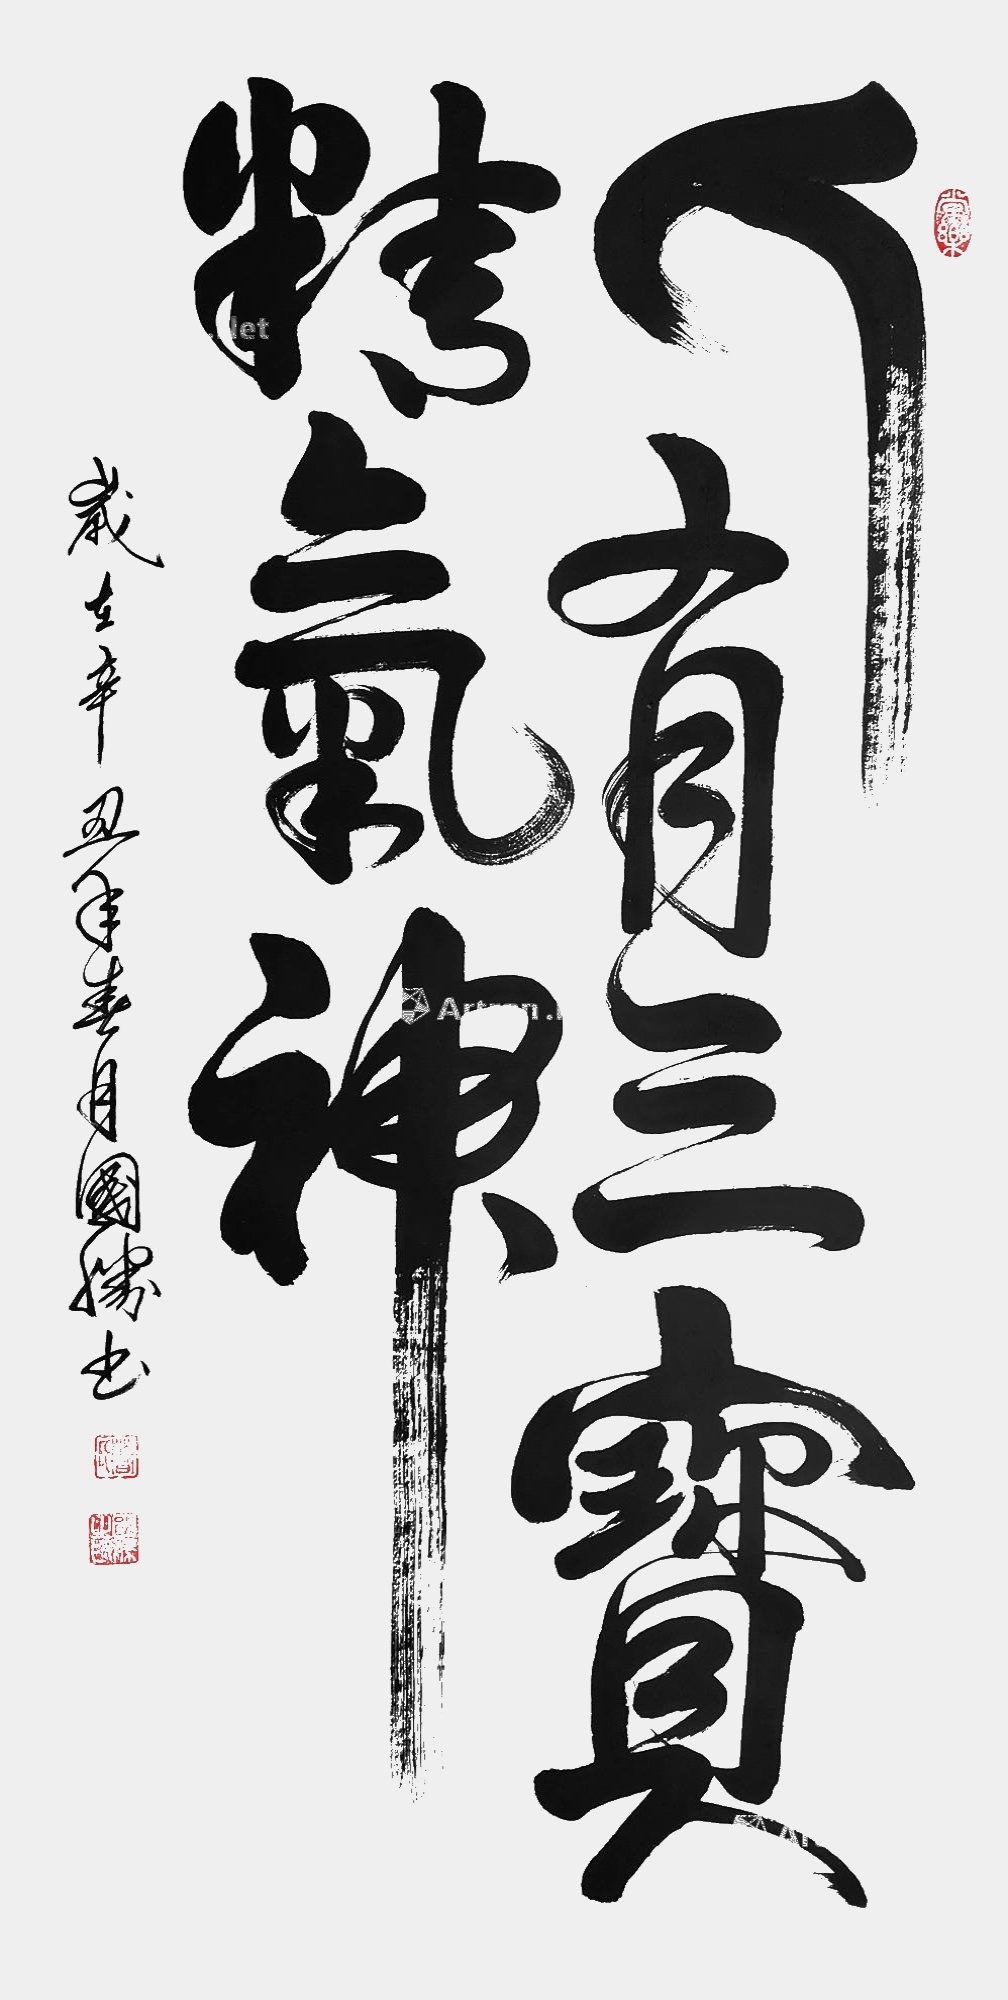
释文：人有三宝精气神岁在辛丑年春月国胜书